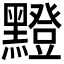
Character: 𪒘